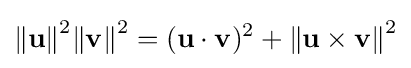
{\Vert \mathbf {u} \Vert }^{2}{\Vert \mathbf {v} \Vert }^{2}=({\mathbf {u} \cdot \mathbf {v} })^{2}+{\Vert \mathbf {u} \times \mathbf {v} \Vert }^{2}